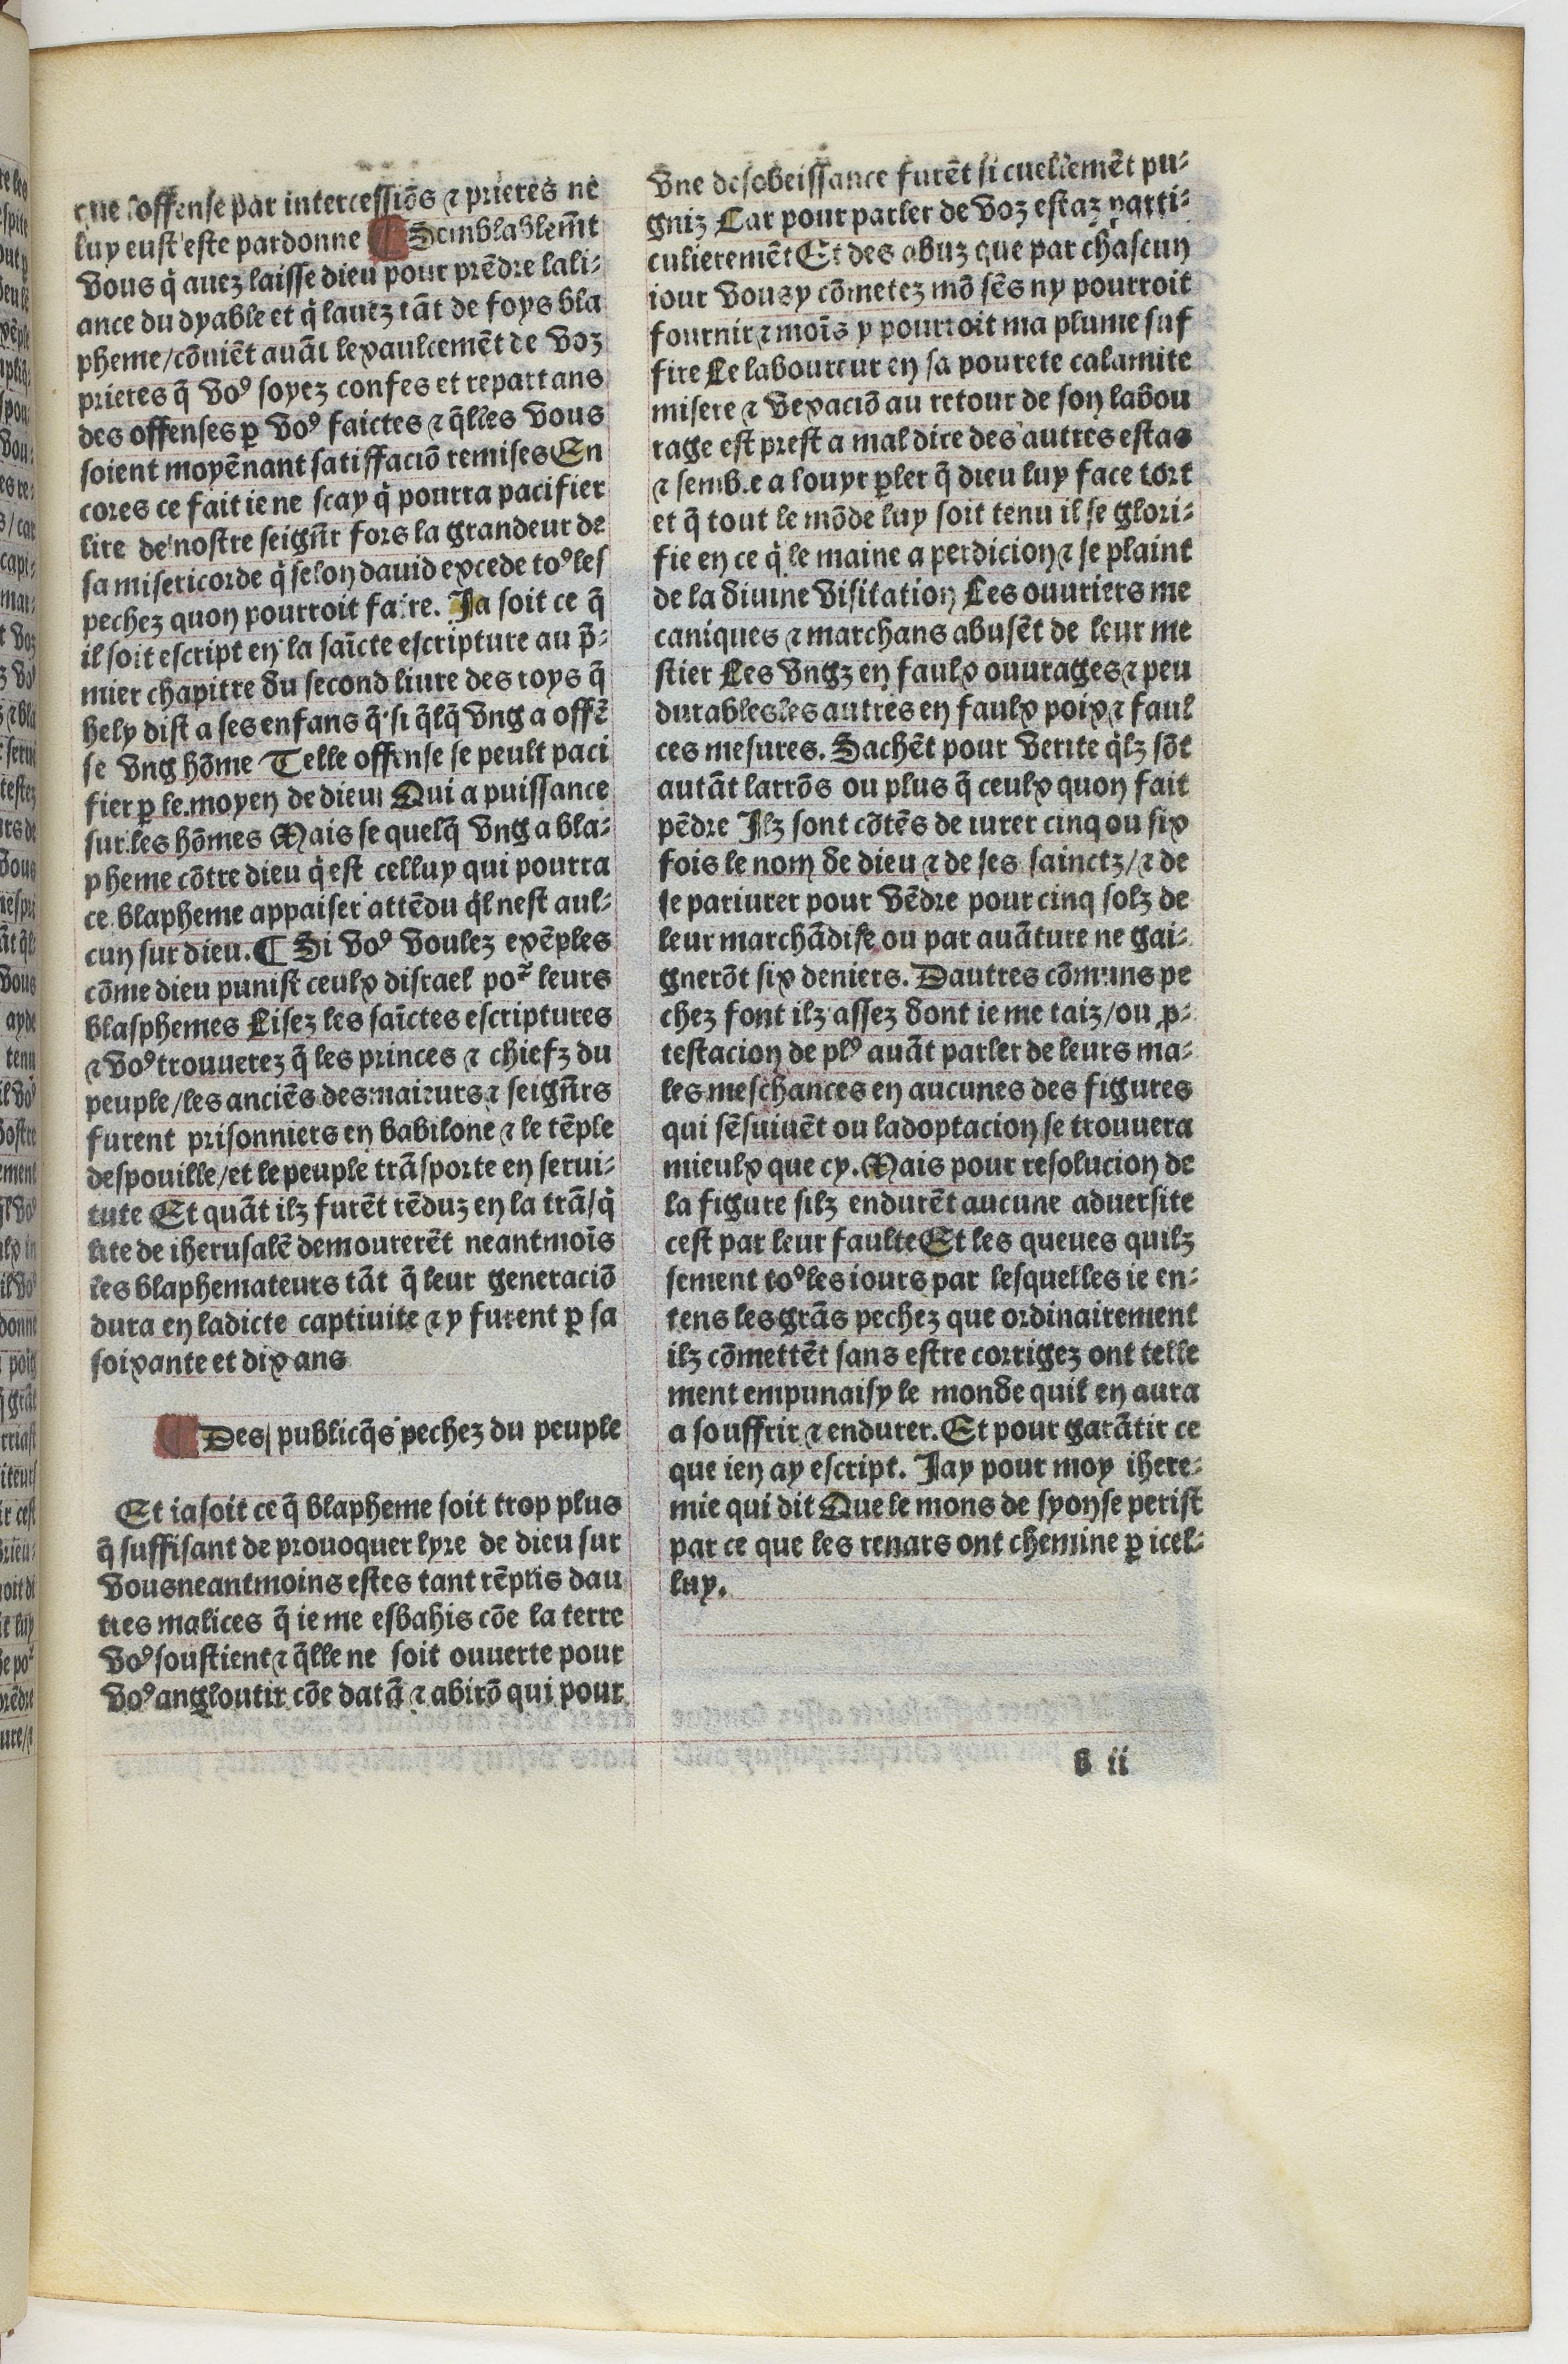
Shelfmark: Paris, BnF, Velins 1103
Century: 16